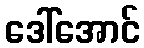
ဒေါ်အောင်